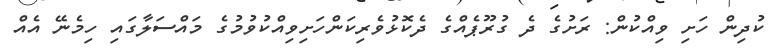
ކުދިން ހަށި ވިއްކުން: ރަށުގެ ދެ ގުރޫޕެއްގެ ދެކޮޅުވެރިކަންހަށިވިއްކުވުމުގެ މައްސަލާގައި ހިމެނޭ އެއް